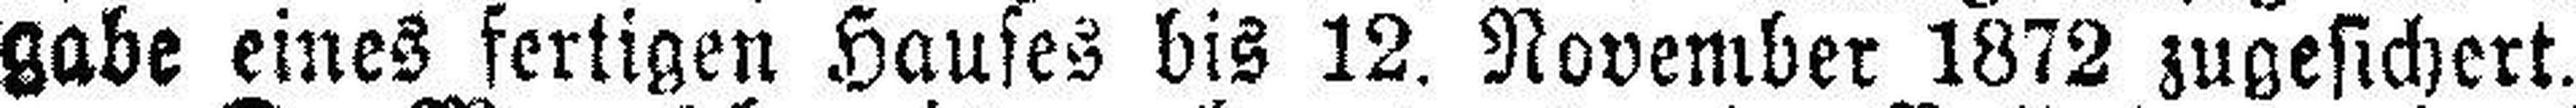
gabe eines fertigen Hauses bis 12. November 1872 zugesichert.